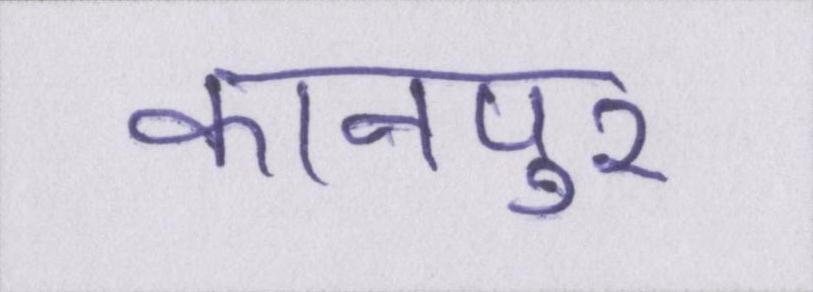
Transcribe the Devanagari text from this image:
कानपुर